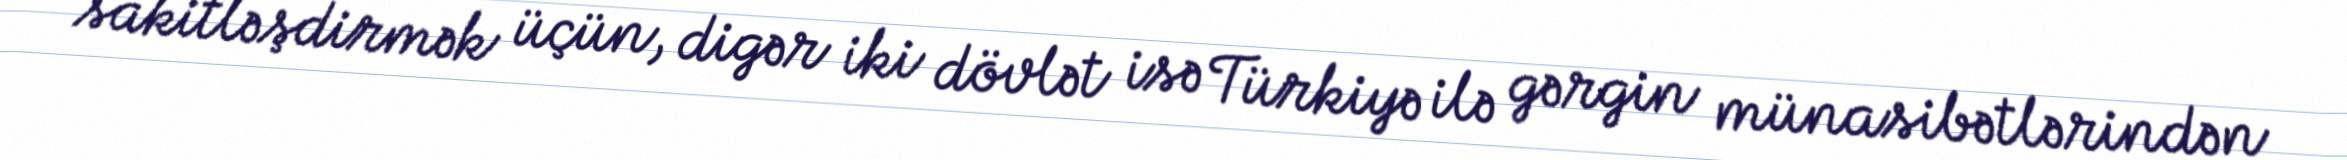
sakitləşdirmək üçün, digər iki dövlət isə Türkiyə ilə gərgin münasibətlərindən